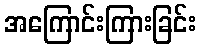
အကြောင်းကြားခြင်း